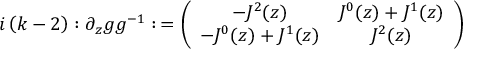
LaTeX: i \left( k - 2 \right) : \partial _ { z } g g ^ { - 1 } : \, = \left( \begin{array} { c c } { { - J ^ { 2 } ( z ) } } & { { J ^ { 0 } ( z ) + J ^ { 1 } ( z ) } } \\ { { - J ^ { 0 } ( z ) + J ^ { 1 } ( z ) } } & { { J ^ { 2 } ( z ) } } \end{array} \right)